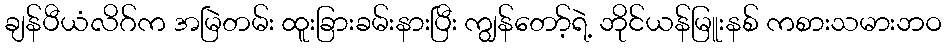
ချန်ပီယံလိဂ်က အမြဲတမ်း ထူးခြားခမ်းနားပြီး ကျွန်တော့်ရဲ့ ဘိုင်ယန်မြူးနစ် ကစားသမားဘဝ